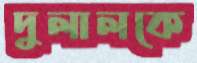
দুলালকে